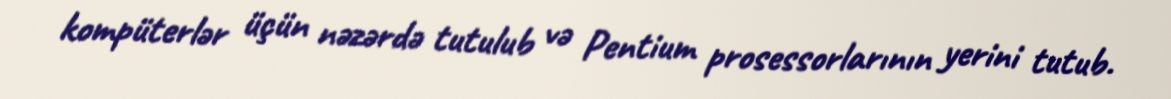
kompüterlər üçün nəzərdə tutulub və Pentium prosessorlarının yerini tutub.